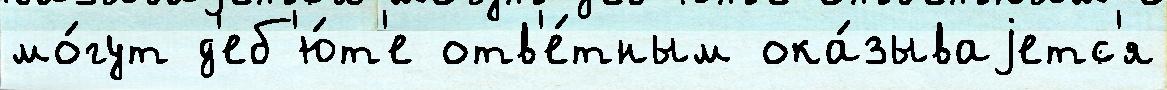
мо́гут д'еб'ю́т'е отв'е́тным ока́зываjетс'я